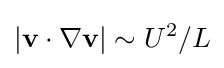
|\mathbf {v} \cdot \nabla \mathbf {v} |\sim U^{2}/L